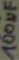
Text: 100µF